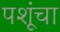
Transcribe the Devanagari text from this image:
पशूंचा